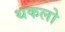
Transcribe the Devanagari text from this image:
थकलो